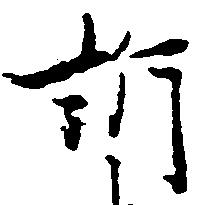
訴